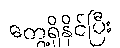
တွေ့ရှိနိုင်ပြီး